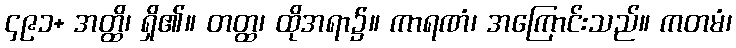
၄၉၁+ အတ္ထိ၊ ရှိ၏။ တတ္ထ၊ ထိုအရာ၌။ ကာရဏံ၊ အကြောင်းသည်။ ကတမံ၊